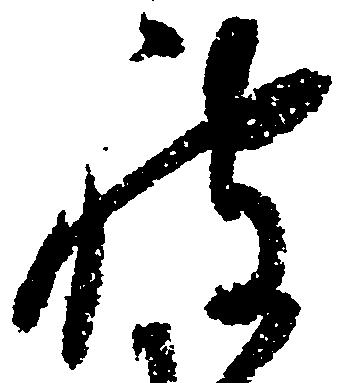
被